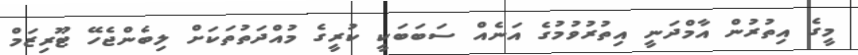
މީގެ އިތުރުން އާމްދަނީ އިތުރުވުމުގެ އަނެއް ސަބަބަކީ ކުރީގެ މުއްދަތުތަކަށް ލިބެންޖެހޭ ޓޫރިޒަމް